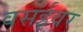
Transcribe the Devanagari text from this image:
वसईवर